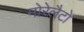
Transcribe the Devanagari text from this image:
मोरेलैटो